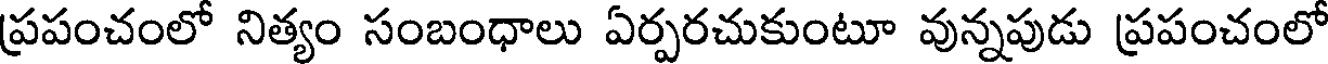
ప్రపంచంలో నిత్యం సంబంధాలు ఏర్పరచుకుంటూ వున్నపుడు ప్రపంచంలో